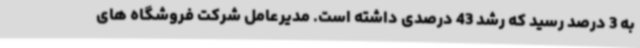
به 3 درصد رسید که رشد 43 درصدی داشته است. مدیرعامل شرکت فروشگاه های